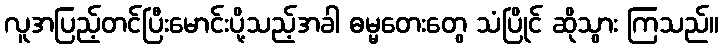
လူအပြည့်တင်ပြီးမောင်းပို့သည့်အခါ ဓမ္မတေးတွေ သံပြိုင် ဆိုသွား ကြသည်။